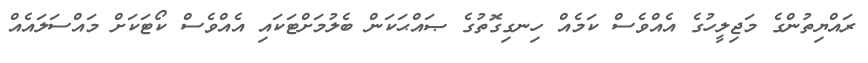
ރައްޔިތުންގެ މަޖިލީހުގެ އެއްވެސް ކަމެއް ހިނގިގޮތުގެ ޞައްޙަކަން ބެލުމަށްޓަކައި އެއްވެސް ކޯޓަކަށް މައްސަލައެއް